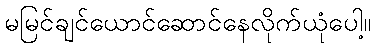
မမြင်ချင်ယောင်ဆောင်နေလိုက်ယုံပေါ့။